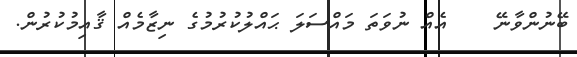
ބޭނުންވާނޭ    އެއް ނުވަތަ މައްސަލަ ޙައްލުކުރުމުގެ ނިޒާމެއް ޤާއިމުކުރުން.